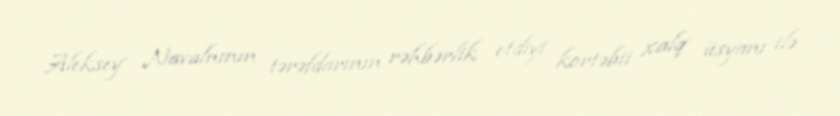
Aleksey Navalnının tərəfdarının rəhbərlik etdiyi kortəbii xalq üsyanı ilə